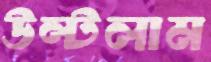
উল্‌টলাম